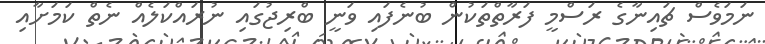
ނަމަވެސް ޗައިނާގެ ރަސްމީ ފަރާތްތަކުން ބުނެފައި ވަނީ ބްރިޖުގައި ނުރައްކަލެއް ނެތް ކަމަށާއި